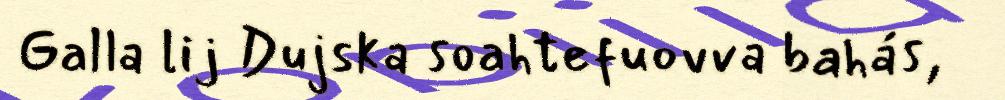
Galla lij Dujska soahtefuovva bahás,